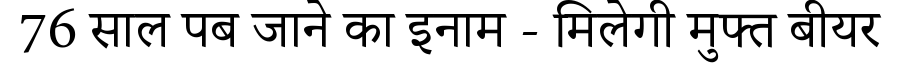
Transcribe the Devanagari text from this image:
76 साल पब जाने का इनाम - मिलेगी मुफ्त बीयर